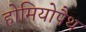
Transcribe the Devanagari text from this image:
होमियोपैथ